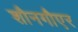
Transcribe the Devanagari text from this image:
शौनगौएर